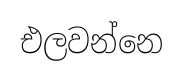
එලවන්නෙ